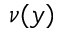
\nu ( y )